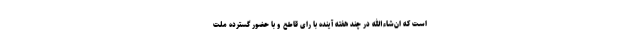
است که ان‌شاءالله در چند هفته آینده با رای قاطع و با حضور گسترده ملت